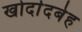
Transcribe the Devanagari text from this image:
खोर्दादबेह